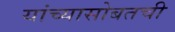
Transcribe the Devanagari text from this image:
यांच्यासोबतची